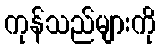
ကုန်သည်များကို